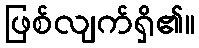
ဖြစ်လျက်ရှိ၏။